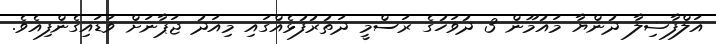
އަލްފާޟިލާ ދުންޔާ މައުމޫން 3 ދުވަހުގެ ރަސްމީ ދަތުރުފުޅެއްގައި މިއަދު ޖަޕާނަށް ވަޑައިގެންފިއެވެ.